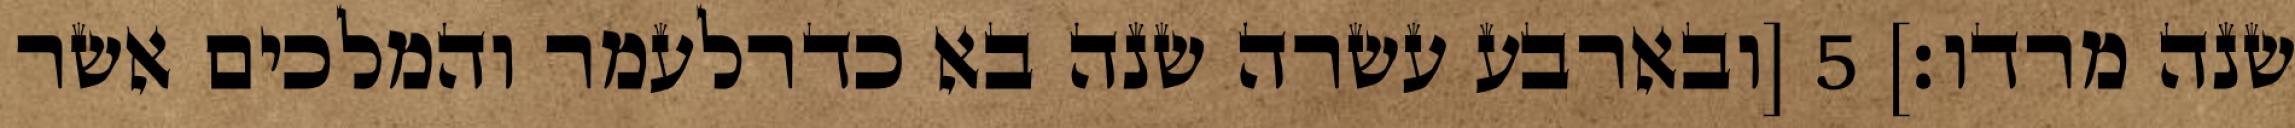
שנה מרדו׃] ‎5‏ [ובארבע עשרה שנה בא כדרלעמר והמלכים אשר